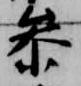
参